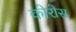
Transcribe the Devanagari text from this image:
कोरोस